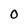
Character: 0